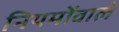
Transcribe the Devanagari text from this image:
नियमोंवाले